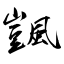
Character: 颽